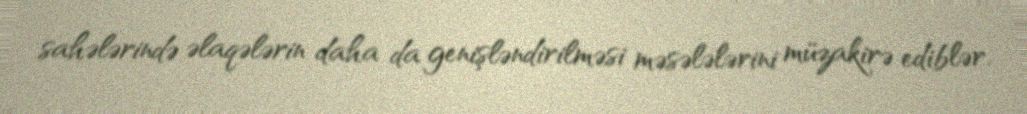
sahələrində əlaqələrin daha da genişləndirilməsi məsələlərini müzakirə ediblər.